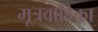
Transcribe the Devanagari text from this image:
मूत्रवाहिका